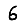
Digit: 6